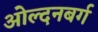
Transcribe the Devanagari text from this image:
ओल्दनबर्ग